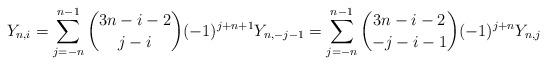
LaTeX: \begin{align*}Y_{n,i} = \sum_{j=-n}^{n-1} \binom{3n-i-2}{j-i} (-1)^{j+n+1} Y_{n,-j-1} = \sum_{j=-n}^{n-1} \binom{3n-i-2}{-j-i-1} (-1)^{j+n} Y_{n,j} \end{align*}